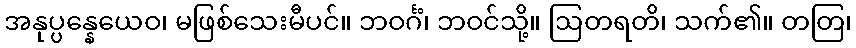
အနုပ္ပန္နေယေဝ၊ မဖြစ်သေးမီပင်။ ဘဝင်္ဂံ၊ ဘဝင်သို့။ ဩတရတိ၊ သက်၏။ တတြ၊